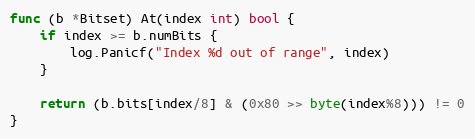
Language: Go
func (b *Bitset) At(index int) bool {
	if index >= b.numBits {
		log.Panicf("Index %d out of range", index)
	}

	return (b.bits[index/8] & (0x80 >> byte(index%8))) != 0
}